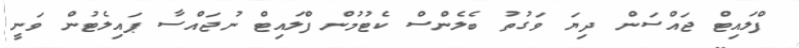
ފްލައިޓް ޖައްސަން ދިޔަ ވަގުތު ބެލެންސް ކެޓުމުން ފްލައިޓް ނުޖައްސާ ޕައިލެޓުން ވަނީ